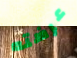
عرضته